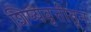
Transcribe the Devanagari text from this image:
शिष्यवृत्तीतून